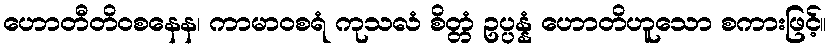
ဟောတီတိဝစနေန၊ ကာမာဝစရံ ကုသလံ စိတ္တံ ဥပ္ပန္နံ ဟောတိဟူသော စကားဖြင့်။